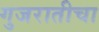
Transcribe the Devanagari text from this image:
गुजरातीचा